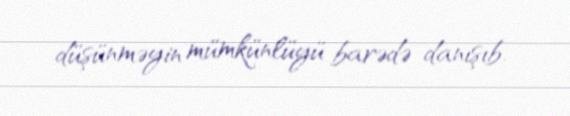
düşünməyin mümkünlüyü barədə danışıb.